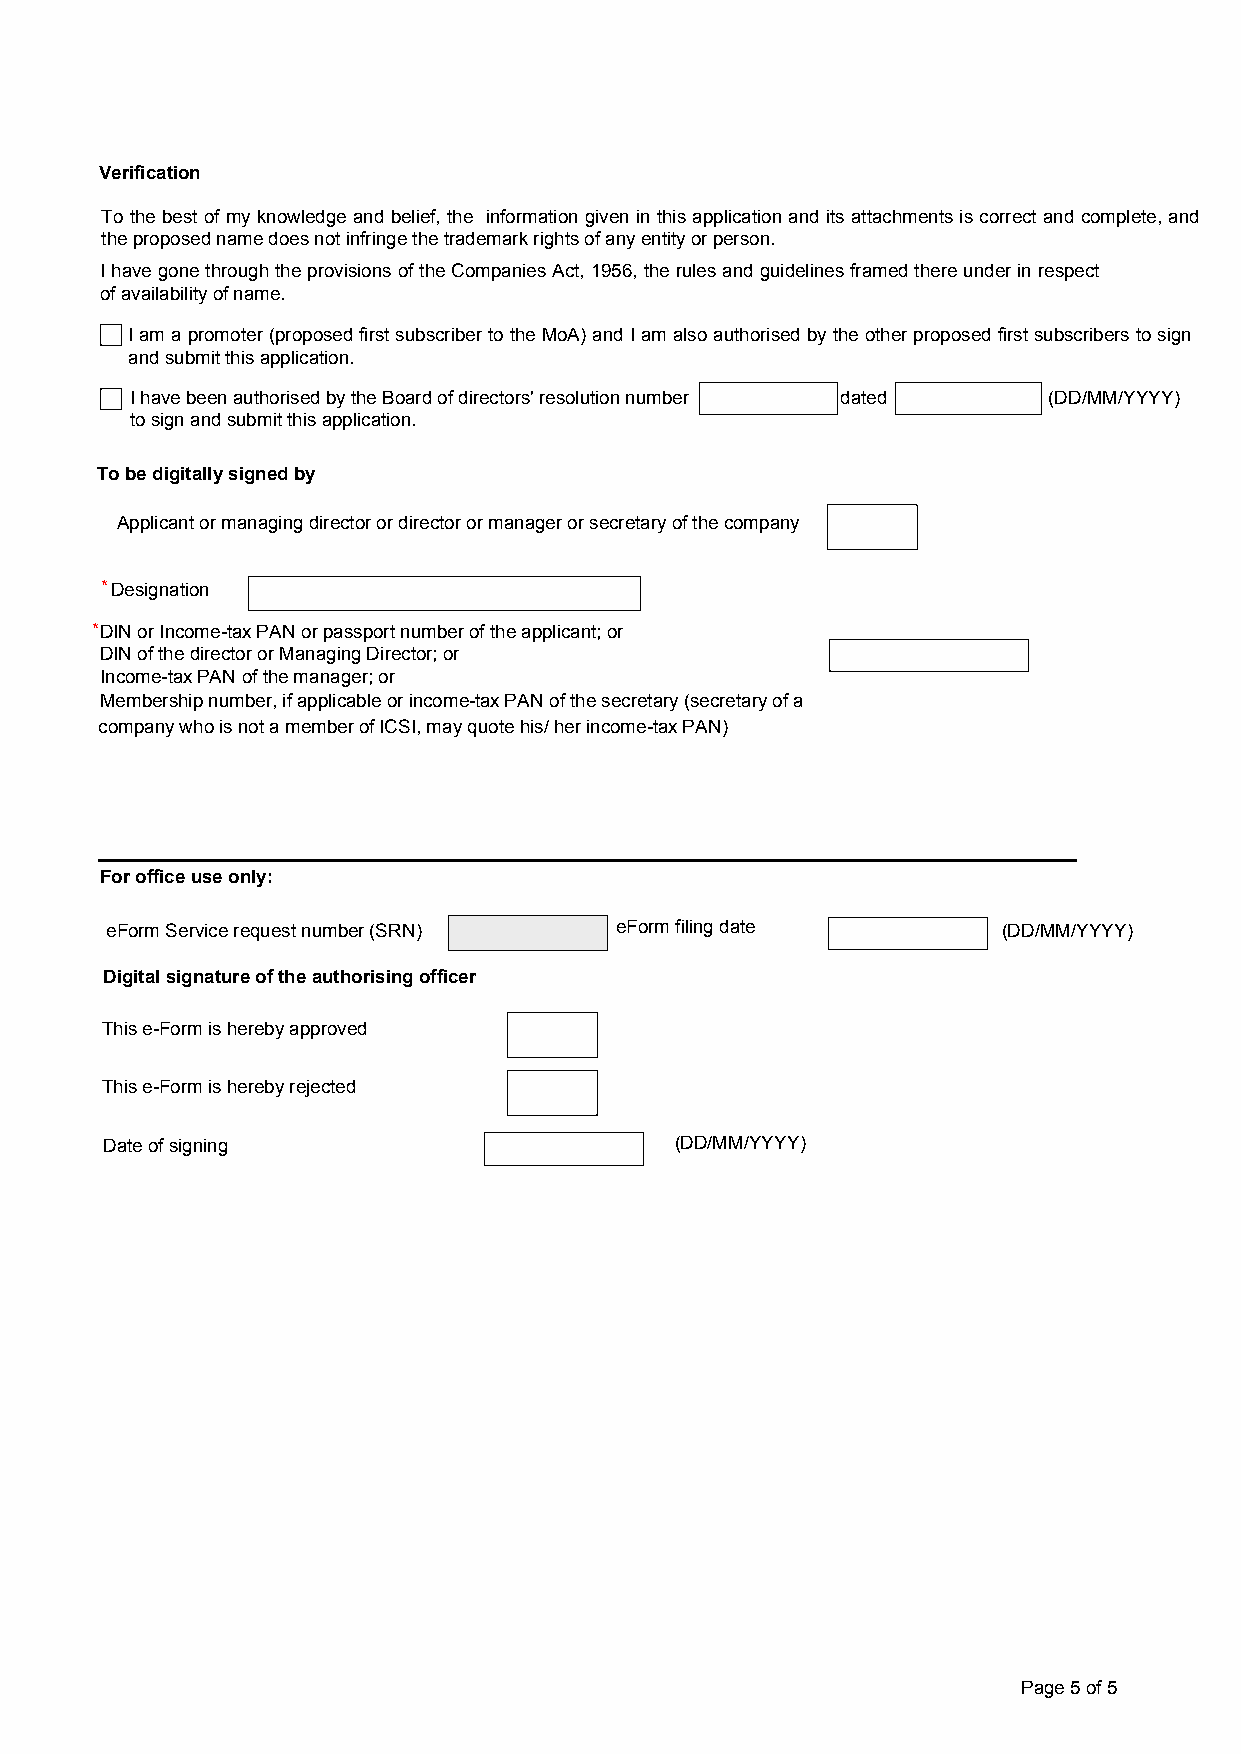
Verification
 To the best of my knowledge and belief, the information given in this application and its attachments is correct and complete, and
 the proposed name does not infringe the trademark rights of any entity or person.
 I have gone through the provisions of the Companies Act, 1956, the rules and guidelines framed there under in respect
 of availability of name.
 I am a promoter (proposed first subscriber to the MoA) and I am also authorised by the other proposed first subscribers to sign
 and submit this application.
 I have been authorised by the Board of directors' resolution number dated (DD/MM/YYYY)
 to sign and submit this application.
 To be digitally signed by
 Applicant or managing director or director or manager or secretary of the company
 *Designation
 *DIN or Income-tax PAN or passport number of the applicant; or
 DIN of the director or Managing Director; or
 Income-tax PAN of the manager; or
 Membership number, if applicable or income-tax PAN of the secretary (secretary of a
 company who is not a member of ICSI, may quote his/ her income-tax PAN)
 For office use only:
 eForm Service request number (SRN) eForm filing date       (DD/MM/YYYY)
 Digital signature of the authorising officer
 This e-Form is hereby approved
 This e-Form is hereby rejected
 Date of signing                       (DD/MM/YYYY)
 Page 5 of 5